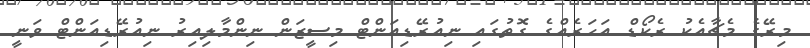
މިރޭގެ މެޗާއެކު ރެކޯޑް އަހަރެއްގެ ގޮތުގައި ނިއުރޭޑިއަންޓް މިސީޒަން ނިންމާލިއިރު ނިއުރޭޑިއަންޓް ވަނީ